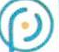
م